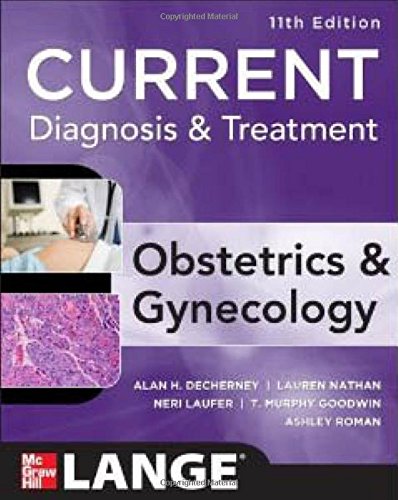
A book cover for Current Diagnosis & Treatment Obstetrics & Gynecology, Eleventh Edition (LANGE CURRENT Series); Alan DeCherney; Biographies & Memoirs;